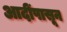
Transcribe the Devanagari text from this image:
आदींपासून